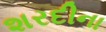
શરદીના